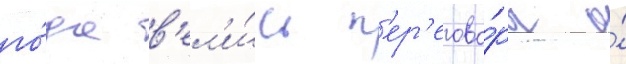
го́да в'ел'и́сь п'ер'егово́ры о́